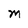
Character: M